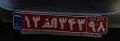
۱۳ا۳۴۳۹۸